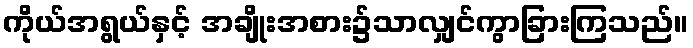
ကိုယ်အရွယ်နှင့် အချိုးအစား၌သာလျှင်ကွာခြားကြသည်။